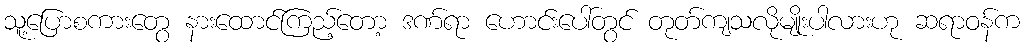
သူ့ပြောစကားတွေ နားထောင်ကြည့်တော့ ဒဏ်ရာ ဟောင်းပေါ်တွင် တုတ်ကျသလိုမျိုးပါလားဟု ဆရာဝန်က